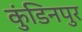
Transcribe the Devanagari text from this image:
कुंडिनपुर